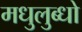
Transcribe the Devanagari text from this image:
मधुलुब्धो